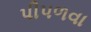
પીપળવા